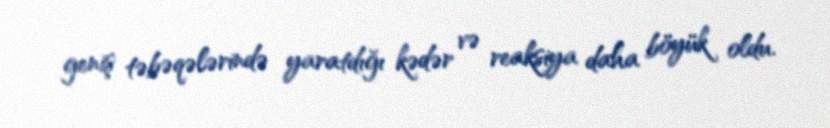
geniş təbəqələrində yaratdığı kədər və reaksiya daha böyük oldu.